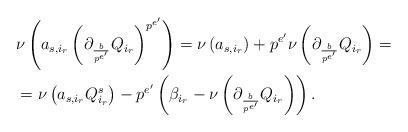
LaTeX: \begin{align*}\begin{aligned}&\nu\left(a_{s,i_r}\left(\partial_{\frac b{p^{e'}}}Q_{i_r}\right)^{p^{e'}}\right)=\nu\left(a_{s,i_r}\right)+p^{e'}\nu\left(\partial_{\frac b{p^{e'}}}Q_{i_r}\right)=\\&=\nu\left(a_{s,i_r}Q_{i_r}^s\right)-p^{e'}\left(\beta_{i_r}-\nu\left(\partial_{\frac b{p^{e'}}}Q_{i_r}\right)\right).\end{aligned}\end{align*}